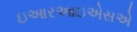
ઇઆરઆઇએસએ